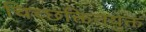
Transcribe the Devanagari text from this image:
चिच्छक्तितयुक्त